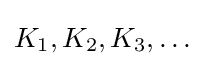
K_{1},K_{2},K_{3},\dots